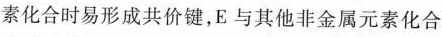
素化合时易形成共价键，E与其他非金属元素化合